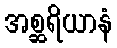
အစ္ဆရိယာနံ